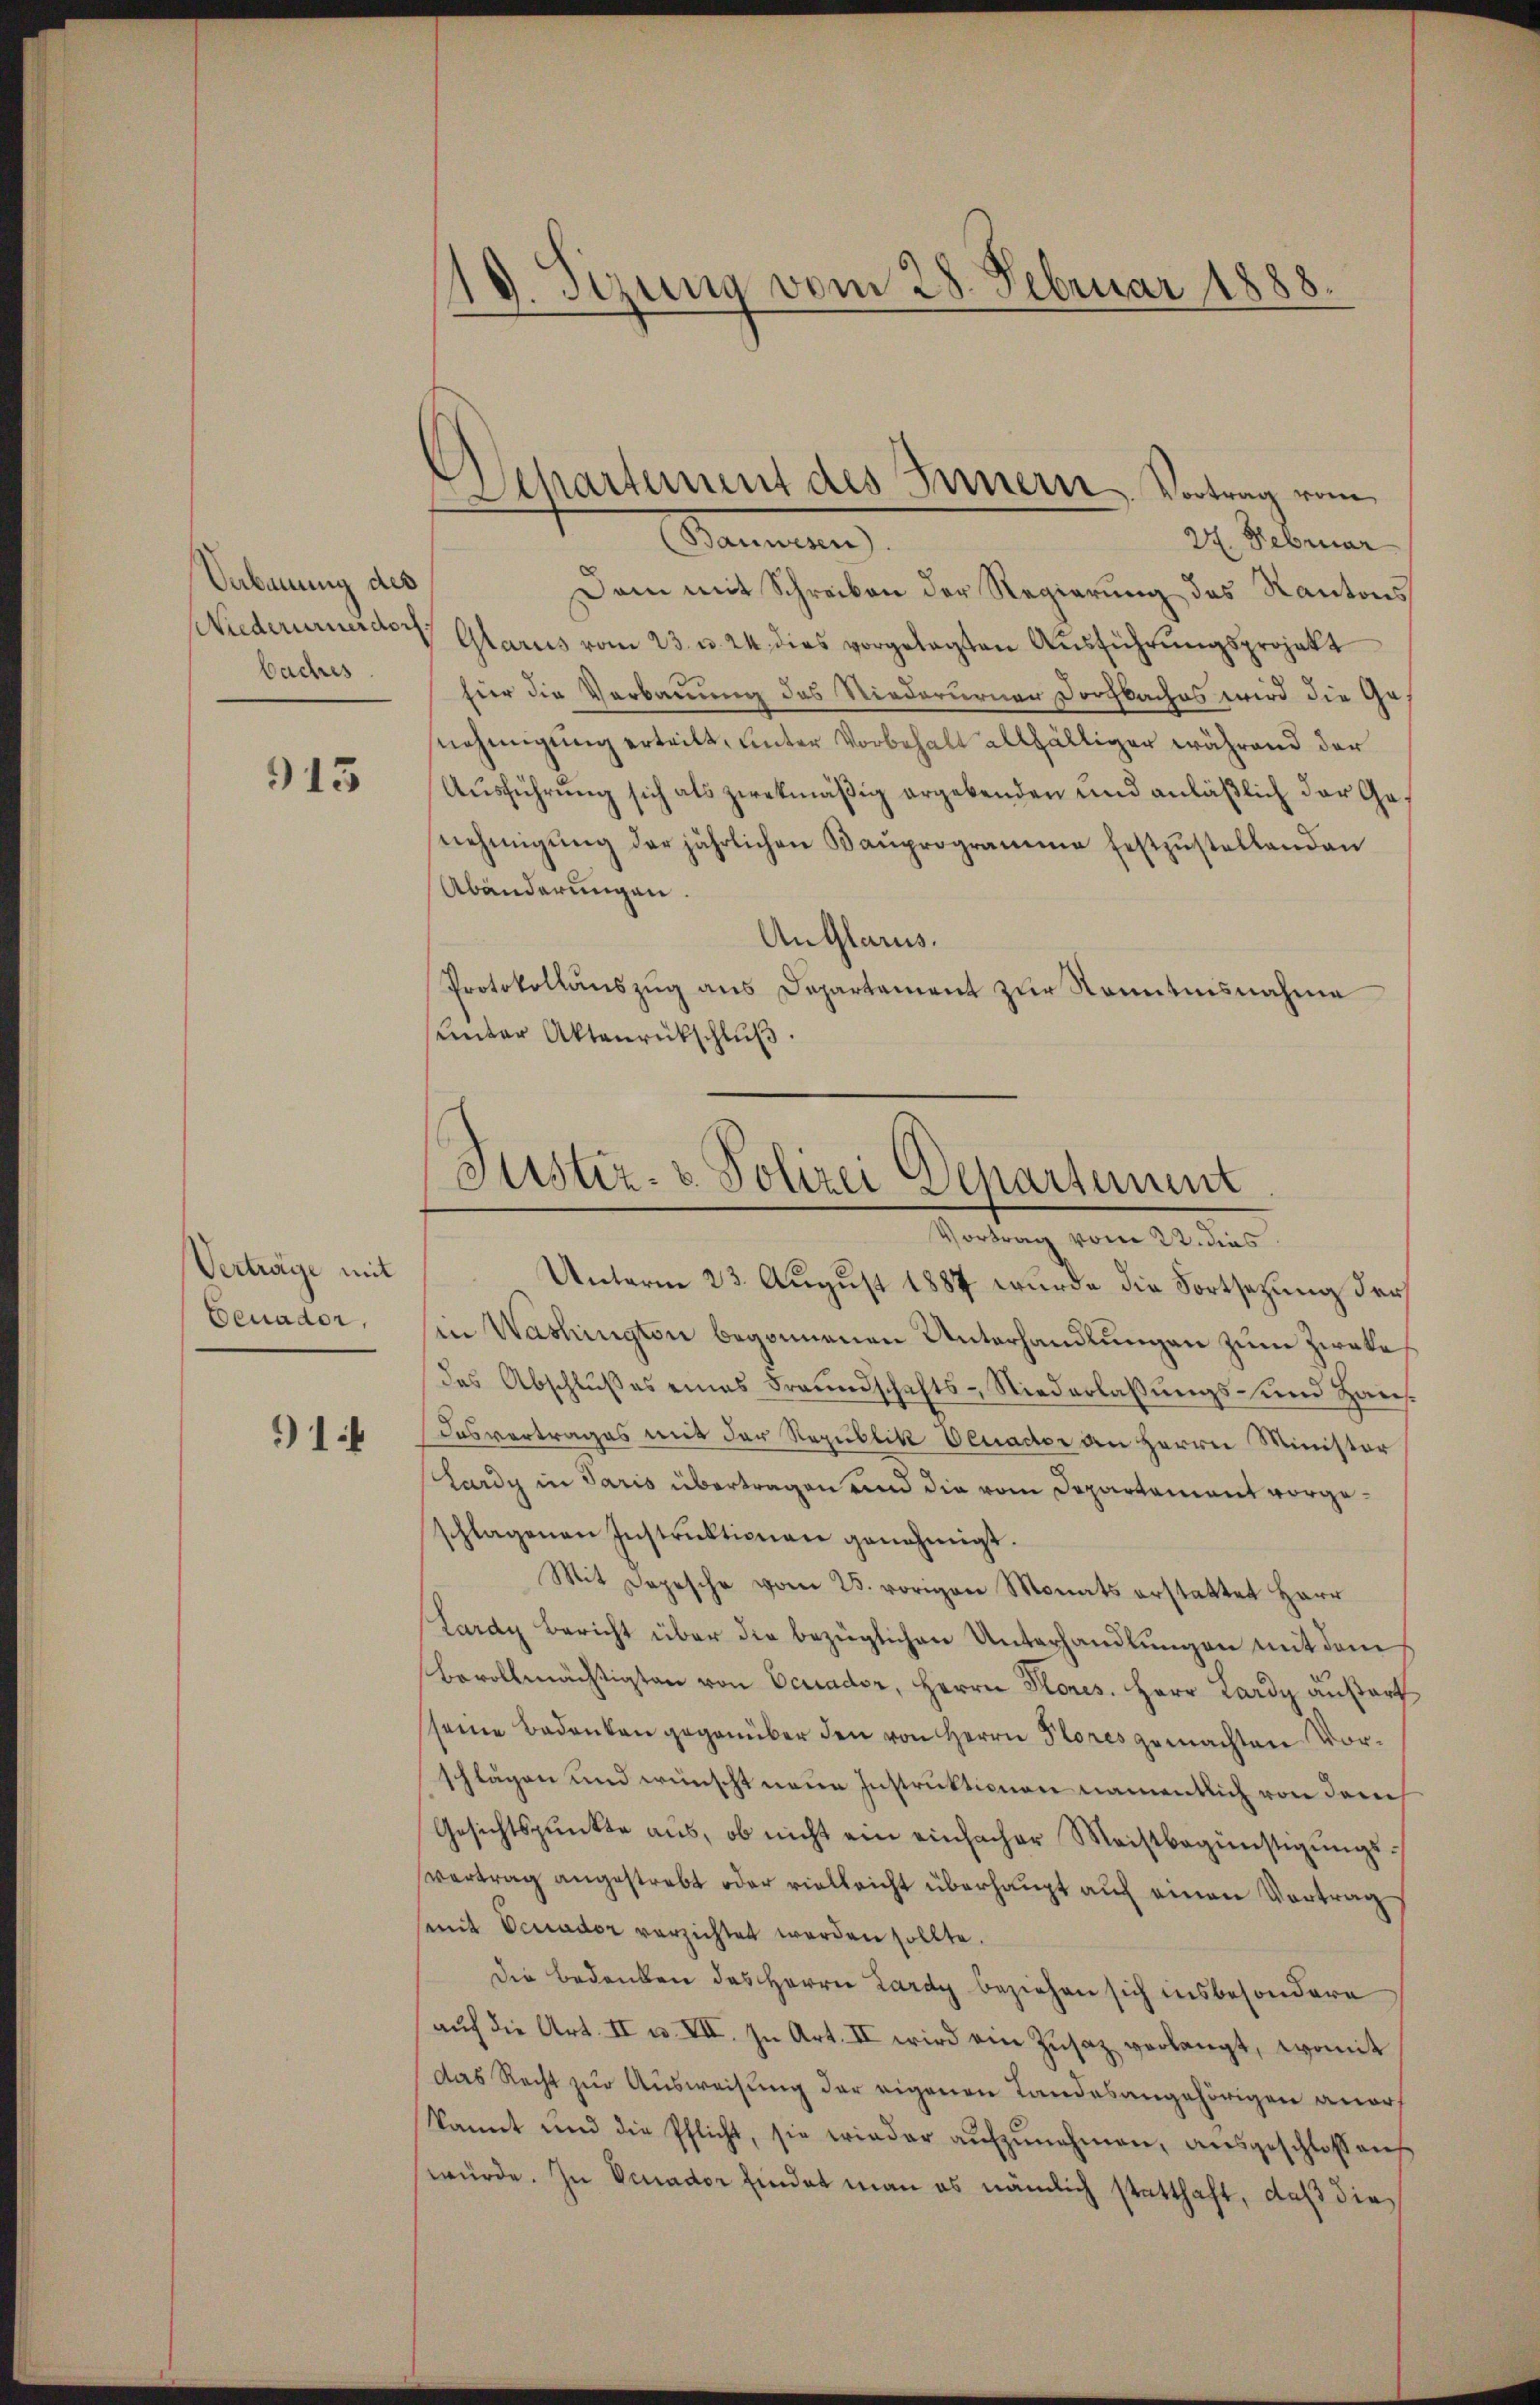
Verbauung des
baches.

913

Verträge mit
Ceuader,

1

19. Sizung vom 28. Februar 1888.
5

Departement des Innern Vortrag vom

Stammten
27. Februar
Dam mit Schreiben der Regierung des Kantons
NNiederurnerden Glarus vom 23. u. 24 dies vorgelegten Ausführungsprojekt
hier die Verbauung des Niederurnen Dorchbaches wird die Ganehmigung erteilt, unter Vorbehalt allfälliger während der
Ausführung sich als zwekmäßig ergebenden und anläßlich der Genehmigŭng der jährlichen Baŭprogramme festzŭstellenden
Abänderungen.
AnGlarus.
Protokollauszug aus Departament zur Kenntnisnahme
ŭnter Aktenrückschlŭβ

Justiz- & Polizei Departement

Vortrag vom 22. dies
Unterm 23. August 1887 wurde die Fortsetzung der
in Washington begonnenen Unterhandlungen zum Zweke
das Abschlußes eines Freundschafts-Niederlassungs- und Haus¬
Dasvertrages mit der Republik Oeuactor an Herrn Minister
Lardy in Paris übertragen und die vom Departement vorgeschlagenen Instrŭktionen genehmigt.
Mit Depesche vom 25. vorigen Monats erstattet Herr
Lardy Bericht über die bezüglichen Unterhandlungen mit dem
Bevollmächtigten von Ecuader, Herrn Kores. Herr Lardy außert
seine Bedenken gegenüber den von Herrn Plores gemachten Vorschlägen und wünscht neue Instruktionen namentlich von dem
Gesichtspunkte aus, ob nicht ein einfacher Meistbegünstigungsvertrag angestrebt oder vielleicht überhaupt auf einen Vortrag
mit Ocuader verzichtet werden sollte.
Die Bedenken das Herrn Lardy beziehen sich insbesondere
aŭf die Art. II u. VII. In Art. II wird ein Zusatz verlangt, womit
das Recht zur Ausweisung der eigenen Landesangehörigen anorf
kannt und die Pflicht, sie wieder aŭfzŭnehmen, aŭsgeschlossens.
würde. In Venador findet man es nämlich statthaft, daß die